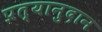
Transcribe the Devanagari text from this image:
प्रत्यानुदान